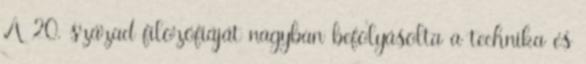
A 20. század filozófiáját nagyban befolyásolta a technika és